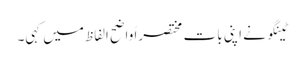
ٹینگو نے اپنی بات مختصراً واضح الفاظ میں کہی۔